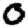
Digit: 0